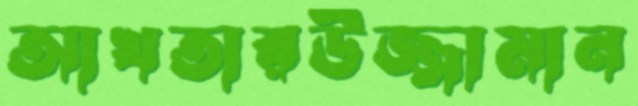
আখতারউজ্জামান